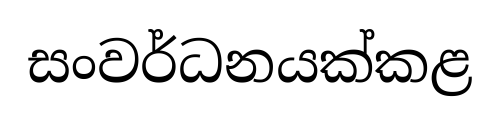
සංවර්ධනයක්කළ